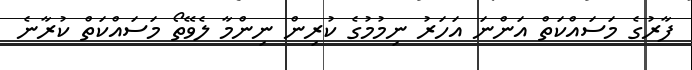
ފާރުގެ މަސައްކަތް އަންނަ އަހަރު ނިމުމުގެ ކުރިން ނިންމާ ލެވޭތޯ މަސައްކަތް ކުރާނެ